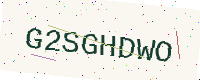
Text: G2SGHDWO